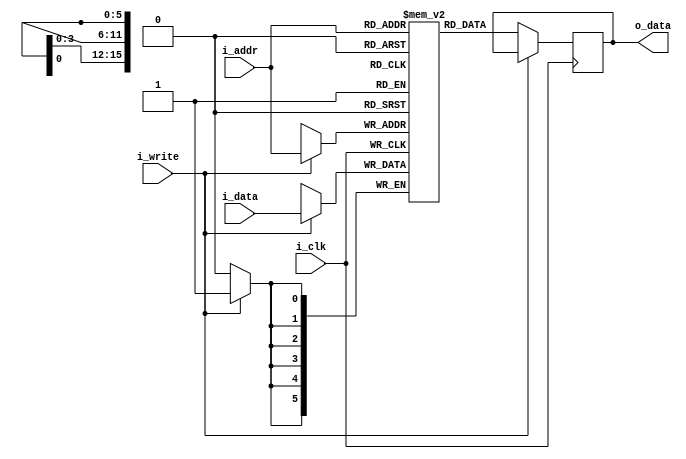
module Bram (
    input wire i_clk,
    input wire [15:0] i_addr,           //2^17 = 131,100 Adresses. Address = one Pixel on screen only need 76,800
    input wire i_write,
    input wire [5:0] i_data,            // 8 bits of color used per pixel: Input and output 256 possible colors
    output reg [5:0] o_data 
    );

    reg [5:0] memory_array [0:63_999]; 
    
    always @ (posedge i_clk)
    begin
        if(i_write) 
        begin
            memory_array[i_addr] <= i_data;
        end
        else 
        begin
            o_data <= memory_array[i_addr];
        end     
    end
endmodule